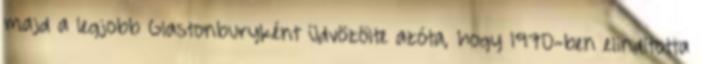
majd a legjobb Glastonburyként üdvözölte azóta, hogy 1970-ben elindította